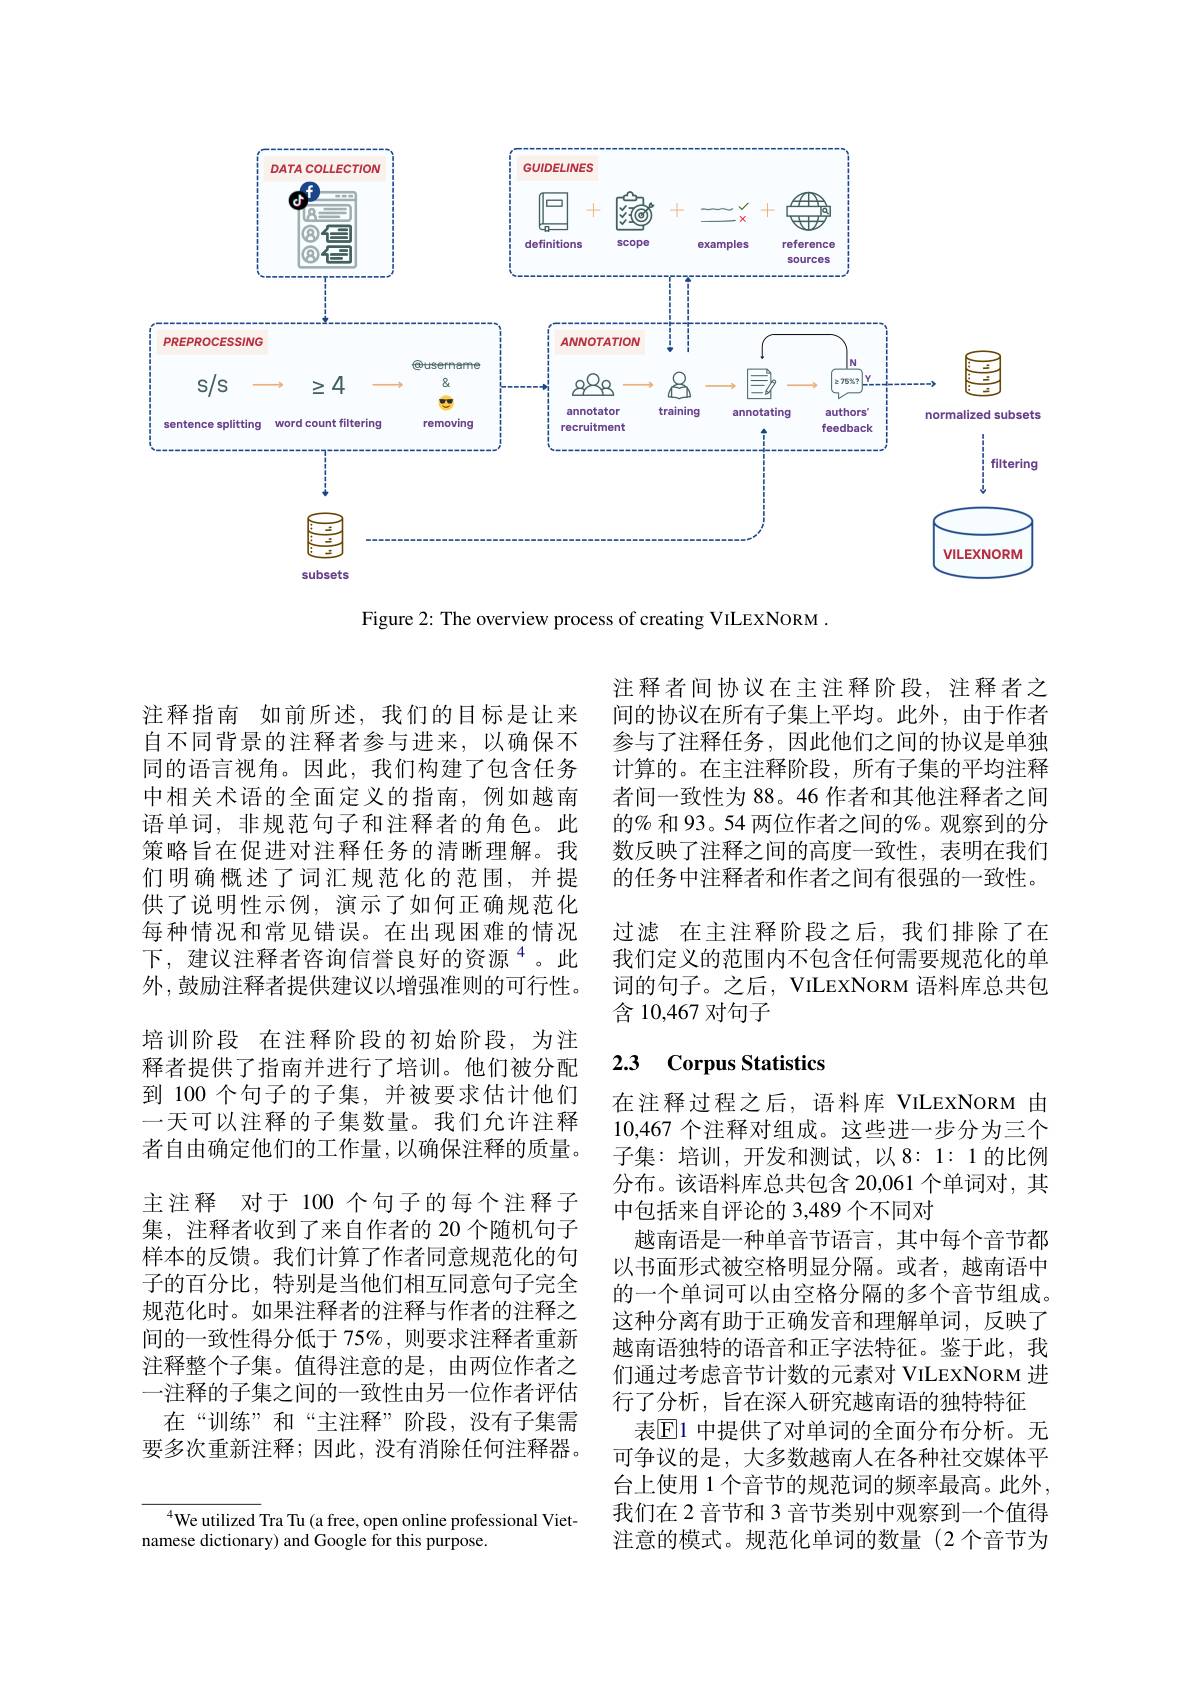
<FigureHere>

Figure 2: The overview process of creating VILEXNORM .

注释指南 如前所述，我们的目标是让来自不同背景的注释者参与进来，以确保不同的语言视角。因此，我们构建了包含任务中相关术语的全面定义的指南，例如越南语单词，非规范句子和注释者的角色。此策略旨在促进对注释任务的清晰理解。我们明确概述了词汇规范化的范围，并提供了说明性示例，演示了如何正确规范化每种情况和常见错误。在出现困难的情况下，建议注释者咨询信誉良好的资源$^{4}$。此外，鼓励注释者提供建议以增强准则的可行性。培训阶段 在注释阶段的初始阶段，为注释者提供了指南并进行了培训。他们被分配到 100 个句子的子集，并被要求估计他们一天可以注释的子集数量。我们允许注释者自由确定他们的工作量，以确保注释的质量。主注释 对于 100 个句子的每个注释子集，注释者收到了来自作者的 20 个随机句子样本的反馈。我们计算了作者同意规范化的句子的百分比，特别是当他们相互同意句子完全规范化时。如果注释者的注释与作者的注释之间的一致性得分低于 75%,则要求注释者重新注释整个子集。值得注意的是，由两位作者之一注释的子集之间的一致性由另一位作者评估
在“训练”和“主注释”阶段，没有子集需要多次重新注释；因此，没有消除任何注释器。

$^{4}$We utilized Tra Tu (a free, open online professional Viet-
namese dictionary) and Google for this purpose.

注释者间协议在主注释阶段，注释者之间的协议在所有子集上平均。此外，由于作者参与了注释任务，因此他们之间的协议是单独计算的。在主注释阶段，所有子集的平均注释者间一致性为 88。46 作者和其他注释者之间的% 和 93。54 两位作者之间的%。观察到的分数反映了注释之间的高度一致性，表明在我们的任务中注释者和作者之间有很强的一致性。

过滤 在主注释阶段之后，我们排除了在我们定义的范围内不包含任何需要规范化的单词的句子。之后，VILEXNORM 语料库总共包含 10,467 对句子

### 2.3 Corpus Statistics

在注释过程之后，语料库 VILEXNORM 由10,467 个注释对组成。这些进一步分为三个子集：培训，开发和测试，以8：1:1的比例分布。该语料库总共包含 20,061 个单词对，其中包括来自评论的 3,489 个不同对
越南语是一种单音节语言，其中每个音节都以书面形式被空格明显分隔。或者，越南语中的一个单词可以由空格分隔的多个音节组成。这种分离有助于正确发音和理解单词，反映了越南语独特的语音和正字法特征。鉴于此，我们通过考虑音节计数的元素对 VILEXNORM 进行了分析，旨在深人研究越南语的独特特征
表$\overline{\mathrm{E}}$1 中提供了对单词的全面分布分析。无可争议的是，大多数越南人在各种社交媒体平台上使用 1 个音节的规范词的频率最高。此外， 我们在 2 音节和 3 音节类别中观察到一个值得注意的模式。规范化单词的数量(2 个音节为